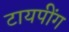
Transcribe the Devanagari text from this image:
टायपींग